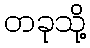
တခုသို့